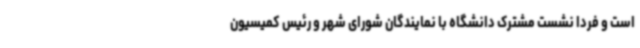
است و فردا نشست مشترک دانشگاه با نمایندگان شورای شهر و رئیس کمیسیون